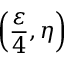
\left( \frac { \varepsilon } { 4 } , \eta \right)